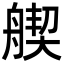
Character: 𦩣